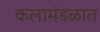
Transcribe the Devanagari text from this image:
कलामंडळात